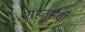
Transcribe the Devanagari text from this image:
राहतसेवी